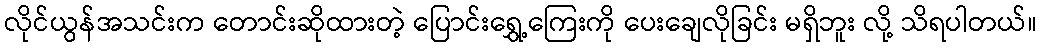
လိုင်ယွန်အသင်းက တောင်းဆိုထားတဲ့ ပြောင်းရွှေ့ကြေးကို ပေးချေလိုခြင်း မရှိဘူး လို့ သိရပါတယ်။